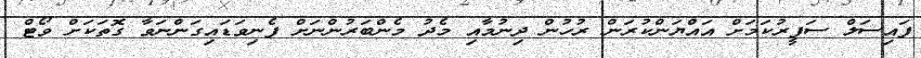
ފައިސަލް ސަފީރުކަމަށް އައްޔަންކުރަން ރުހުން ދިނުމާއި މެދު މެންބަރުންނަށް ފެނިވަޑައިގަންނަވާ ގޮތަކަށް ވޯޓް